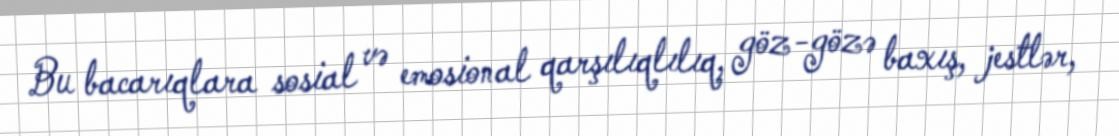
Bu bacarıqlara sosial və emosional qarşılıqlılıq, göz-gözə baxış, jestlər,